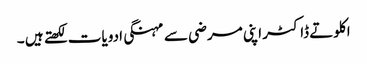
اکلوتے ڈاکٹر اپنی مرضی سے مہنگی ادویات لکھتے ہیں ۔